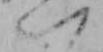
い